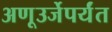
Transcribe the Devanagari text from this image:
अणूउर्जेपर्यंत